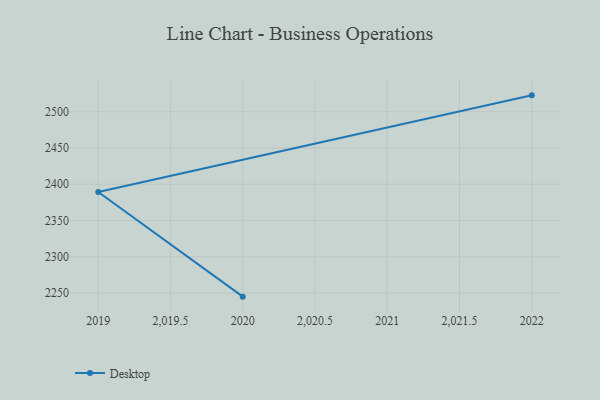
{"axis": {"x": "Year", "y": "Temperature (°C)"}, "legend": ["Desktop"], "data": [{"x": "2022", "y": 2522.5, "type": "Desktop"}, {"x": "2019", "y": 2389.4, "type": "Desktop"}, {"x": "2020", "y": 2245.1, "type": "Desktop"}]}